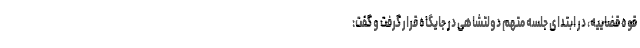
قوه قضاییه، در ابتدای جلسه متهم دولتشاهی در جایگاه قرار گرفت و گفت: